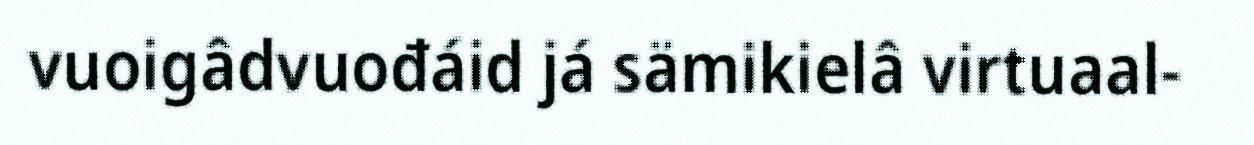
vuoigâdvuođáid já sämikielâ virtuaal-